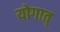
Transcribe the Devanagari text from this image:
योगात्